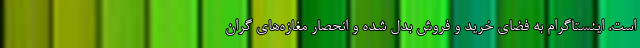
است. اینستاگرام به فضای خرید و فروش بدل شده و انحصار مغازه‌های گران